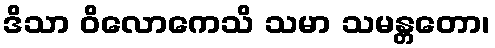
ဒိသာ ဝိလောကေသိ သမာ သမန္တတော၊